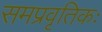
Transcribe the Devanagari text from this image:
समप्रवृतिकः